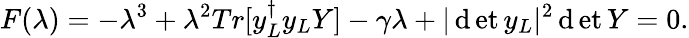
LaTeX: F(\lambda)=-\lambda^{3}+\lambda^{2}Tr[y_{L}^{\dagger}y_{L}Y]-\gamma\lambda+|\operatorname*{\mathrm{d}et}y_{L}|^{2}\operatorname*{\mathrm{d}et}Y=0.